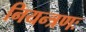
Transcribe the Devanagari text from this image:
नियन्त्रणः